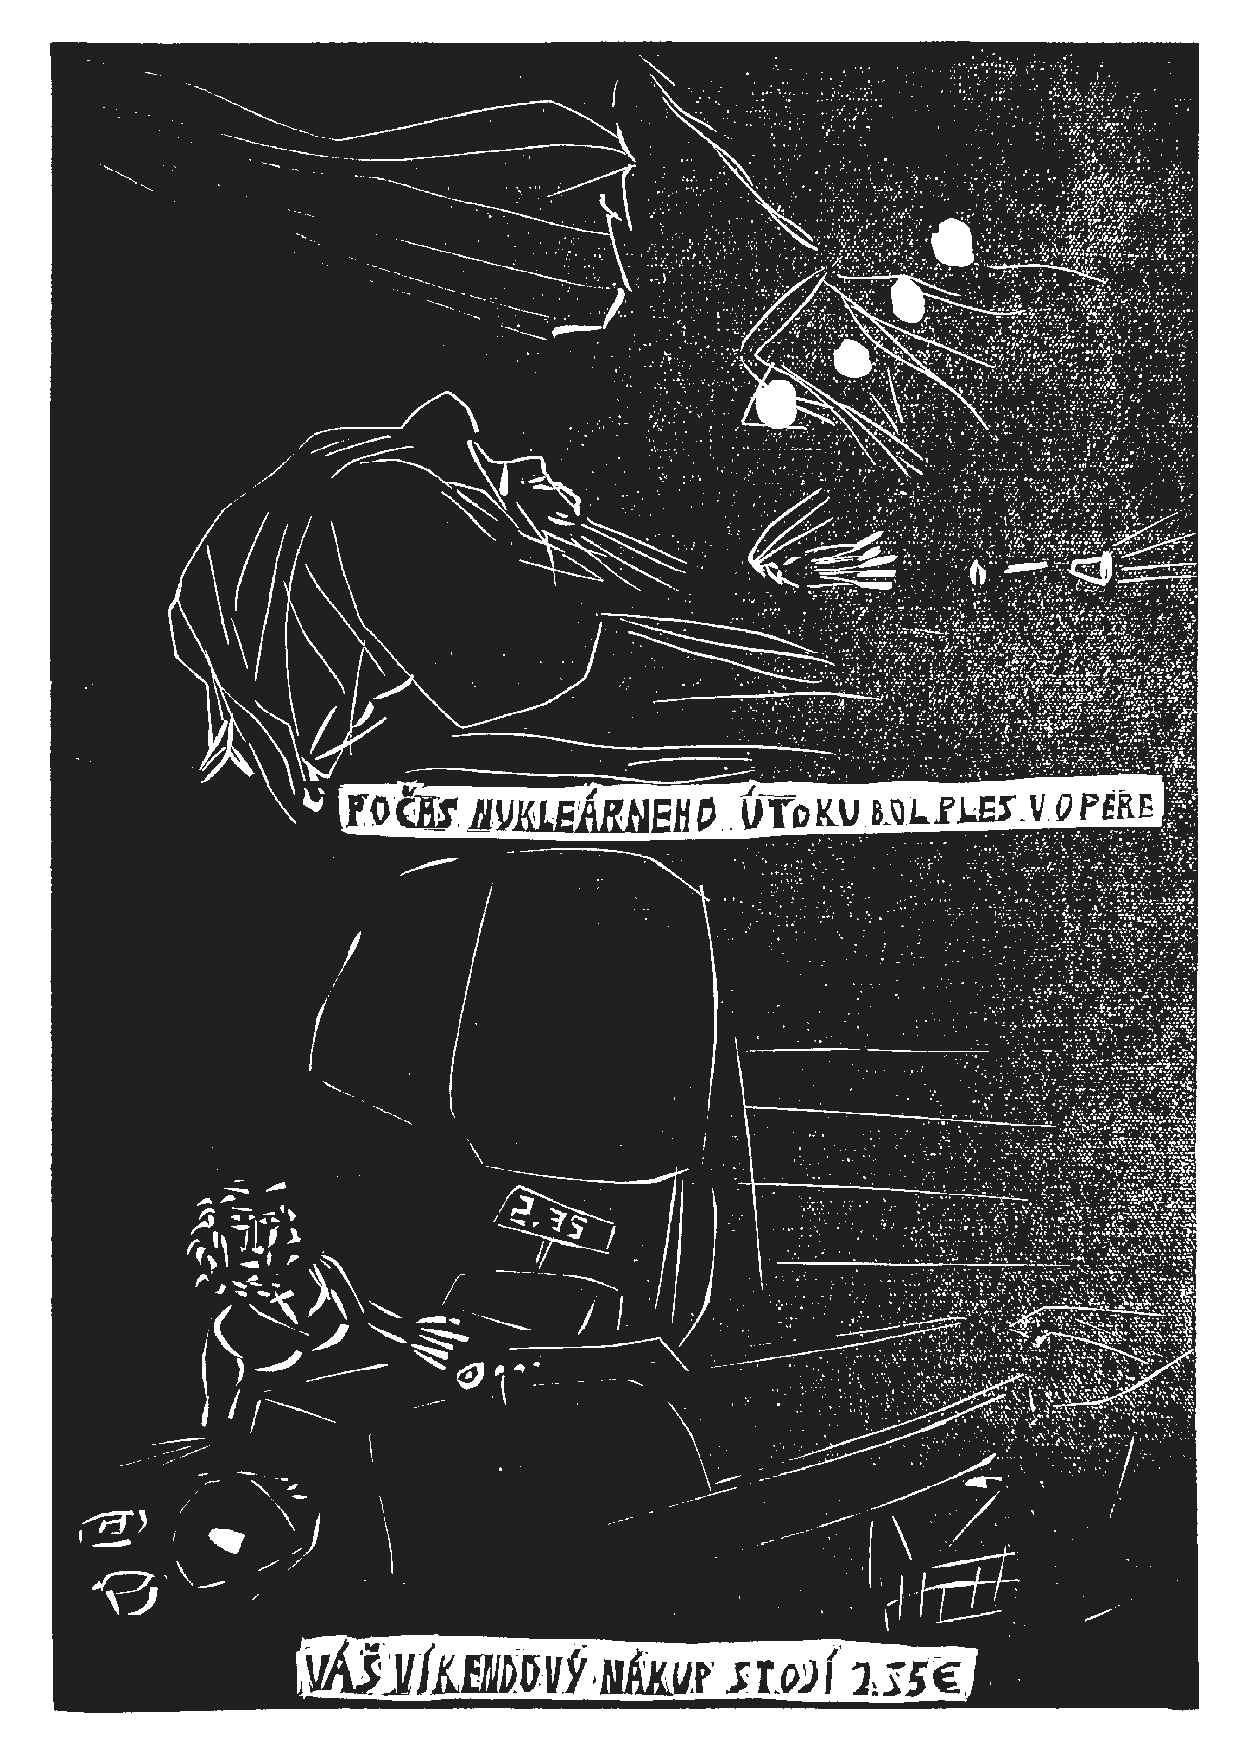
ja_kriza_130827.indd 1                                                  8/27/13 7:50 PM